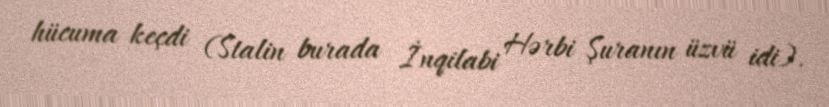
hücuma keçdi (Stalin burada İnqilabi Hərbi Şuranın üzvü idi).